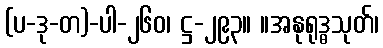
(ပ-ဒု-တ)-ပါ-၂၆၀၊ ဋ္ဌ-၂၉၃။ ။အနုရုဒ္ဓသုတ်၊